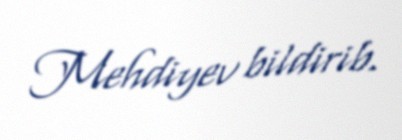
Mehdiyev bildirib.